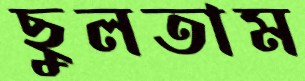
ছুলতাম